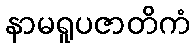
နာမရူပဇာတိကံ